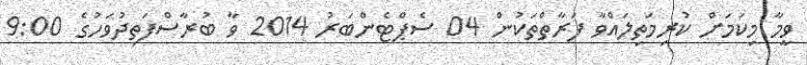
ވީމާ މިކަމަށް ކުރިމަތިލައްވާ ފަރާތްތަކުން 04 ސެޕްޓެންބަރު 2014 ވާ ބުރާސްފަތިދުވަހުގެ 9:00